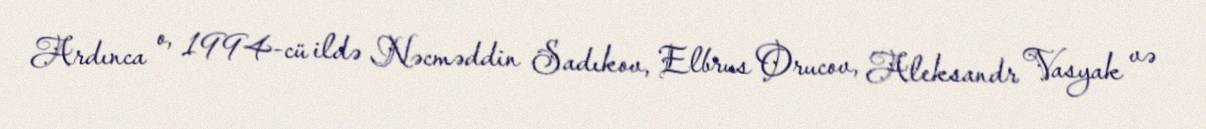
Ardınca o, 1994-cü ildə Nəcməddin Sadıkov, Elbrus Orucov, Aleksandr Vasyak və